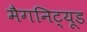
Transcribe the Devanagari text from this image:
मैगनिट्यूड